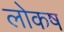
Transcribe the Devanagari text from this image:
लोकष